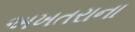
અખતરાના